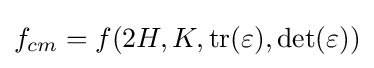
f_{cm}=f(2H,K,\mathrm {tr} (\varepsilon ),\det(\varepsilon ))